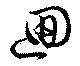
迴